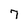
Character: 7